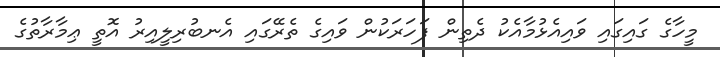
މީހާގެ ގައިގައި ވައިއެޅުމާއެކު ދެތިން ފަހަރަކުން ވައިގެ ތެރޭގައި އެނބުރިލީއިރު އޮތީ ޢިމާރާތުގެ